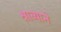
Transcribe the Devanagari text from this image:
श्राव्याने